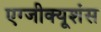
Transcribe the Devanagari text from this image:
एग्जीक्यूशंस